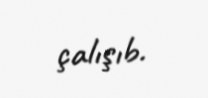
çalışıb.